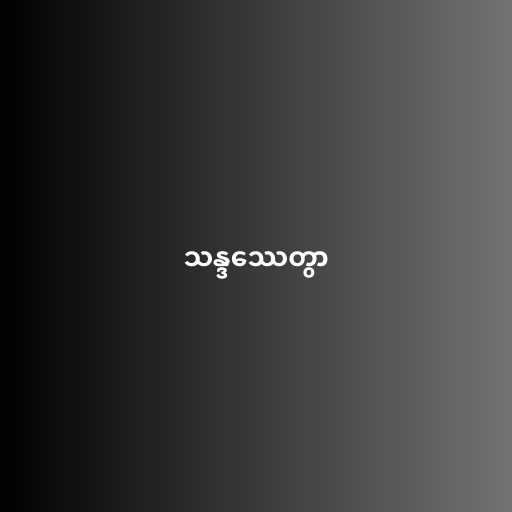
သန္ဒဿေတွာ